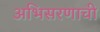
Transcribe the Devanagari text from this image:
अभिसरणाची